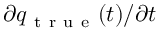
\partial { } q _ { \mathrm { ~ t ~ r ~ u ~ e ~ } } ( t ) / \partial { } t